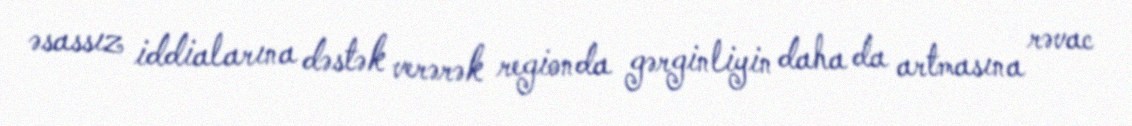
əsassız iddialarına dəstək verərək regionda gərginliyin daha da artmasına rəvac